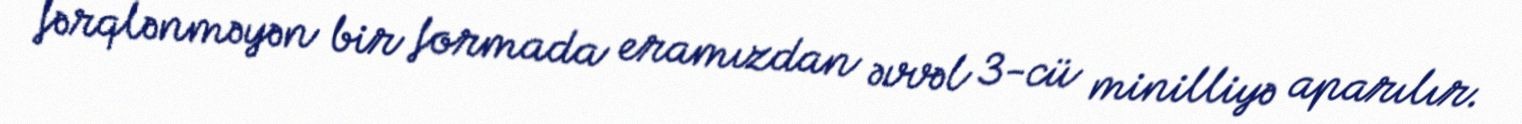
fərqlənməyən bir formada eramızdan əvvəl 3-cü minilliyə aparılır.